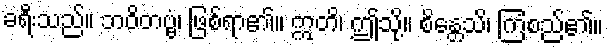
ခရီးသည်။ ဘဝိတဗ္ဗံ၊ ဖြစ်ရာ၏။ ဣတိ၊ ဤသို့။ စိန္တေသိ၊ ကြံစည်၏။